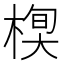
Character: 𣕍